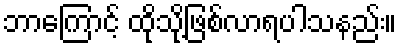
ဘာကြောင့် ထိုသို့ဖြစ်လာရပါသနည်း။